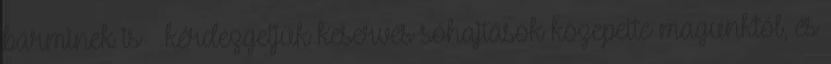
bárminek is – kérdezgetjük keserves sóhajtások közepette magunktól, és